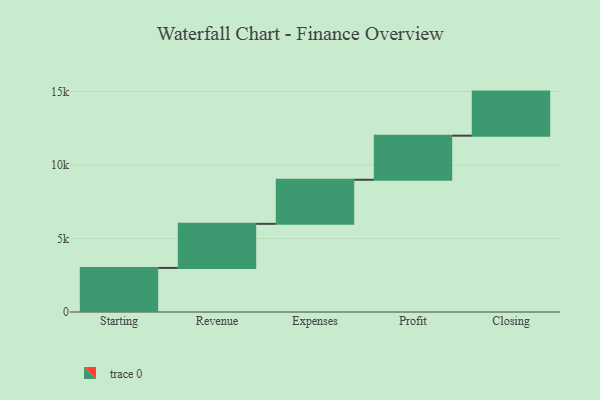
{"axis": {"x": "Step", "y": "Value"}, "legend": [""], "data": [{"x": "Starting", "y": 3000, "type": ""}, {"x": "Revenue", "y": 3000, "type": ""}, {"x": "Expenses", "y": 3000, "type": ""}, {"x": "Profit", "y": 3000, "type": ""}, {"x": "Closing", "y": 3000, "type": ""}]}